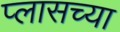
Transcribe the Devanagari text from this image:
प्लासच्या